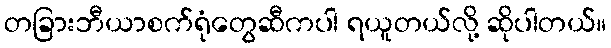
တခြားဘီယာစက်ရုံတွေဆီကပါ ရယူတယ်လို့ ဆိုပါတယ်။